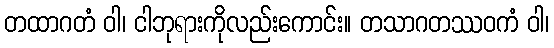
တထာဂတံ ဝါ၊ ငါဘုရားကိုလည်းကောင်း။ တသာဂတဿဝကံ ဝါ၊